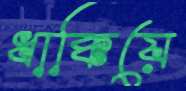
ধাক্কিয়ে